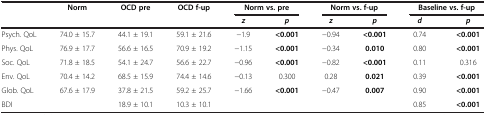
| <ROWSPAN=2>  | <ROWSPAN=2> Norm | <ROWSPAN=2> OCD pre | <ROWSPAN=2> OCD f-up | <COLSPAN=2> Norm vs. pre | <COLSPAN=2> Norm vs. f-up | <COLSPAN=2> Baseline vs. f-up |
 | z | p | z | p | d | p |
 | --- | --- | --- | --- | --- | --- | --- | --- | --- | --- |
 | Psych. QoL | 74.0 ± 15.7 | 44.1 ± 19.1 | 59.1 ± 21.6 | −1.9 | <0.001 | −0.94 | <0.001 | 0.74 | <0.001 |
 | Phys. QoL | 76.9 ± 17.7 | 56.6 ± 16.5 | 70.9 ± 19.2 | −1.15 | <0.001 | −0.34 | 0.010 | 0.80 | <0.001 |
 | Soc. QoL | 71.8 ± 18.5 | 54.1 ± 24.7 | 56.6 ± 22.7 | −0.96 | <0.001 | −0.82 | <0.001 | 0.11 | 0.316 |
 | Env. QoL | 70.4 ± 14.2 | 68.5 ± 15.9 | 74.4 ± 14.6 | −0.13 | 0.300 | 0.28 | 0.021 | 0.39 | <0.001 |
 | Glob. QoL | 67.6 ± 17.9 | 37.8 ± 21.5 | 59.2 ± 25.7 | −1.66 | <0.001 | −0.47 | 0.007 | 0.90 | <0.001 |
 | BDI |  | 18.9 ± 10.1 | 10.3 ± 10.1 |  |  |  |  | 0.85 | <0.001 |